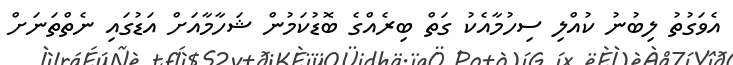
އެވަގުތު ލިބުނު ކުއްލި ސިހުމާއެކު ގަތް ބިރެއްގެ ބޮޑުކަމުން ޝަހާމާއަށް އަޑުގައި ނެތްތަނަށް